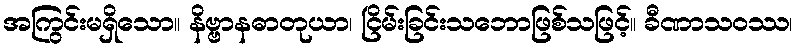
အကြွင်းမရှိသော။ နိဗ္ဗာနဓာတုယာ၊ ငြိမ်းခြင်းသဘောဖြစ်သဖြင့်။ ခီဏာသဝဿ၊